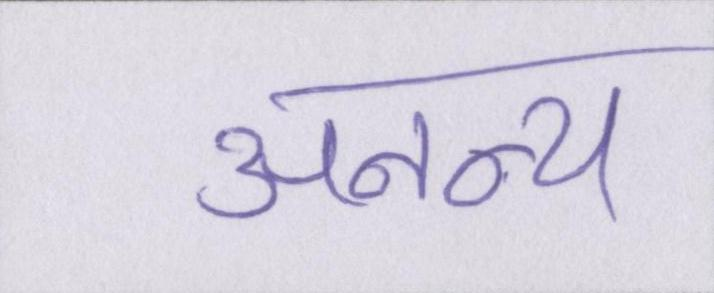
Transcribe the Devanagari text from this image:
अनन्य